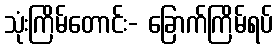
သုံးကြိမ်တောင်း- ခြောက်ကြိမ်ရပ်